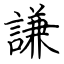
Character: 謙